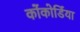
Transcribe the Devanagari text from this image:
कोंकोर्डिया